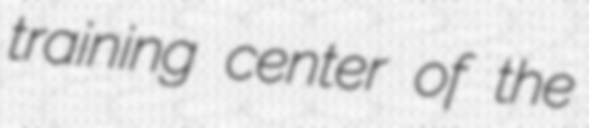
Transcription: training center of the